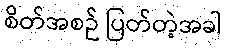
စိတ်အစဉ် ပြတ်တဲ့အခါ